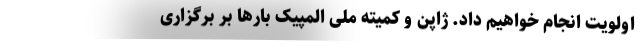
اولویت انجام خواهیم داد. ژاپن و کمیته ملی المپیک بارها بر برگزاری